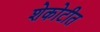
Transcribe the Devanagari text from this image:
शेकोटीत